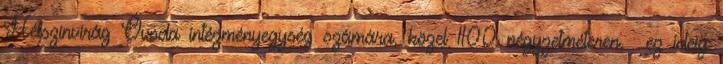
Hétszínvirág Óvoda intézményegység számára, közel 1100 négyzetméteren. ez ideig